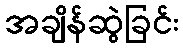
အချိန်ဆွဲခြင်း